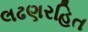
લઢણરહિત